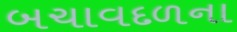
બચાવદળના